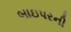
બાઇપરની